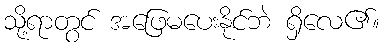
သို့ရာတွင် အဖြေမပေးနိုင်ဘဲ ရှိလေ၏။